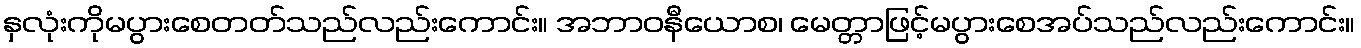
နှလုံးကိုမပွားစေတတ်သည်လည်းကောင်း။ အဘာဝနီယောစ၊ မေတ္တာဖြင့်မပွားစေအပ်သည်လည်းကောင်း။